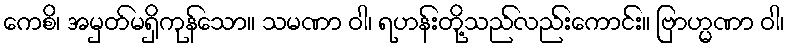
ကေစိ၊ အမှတ်မရှိကုန်သော။ သမဏာ ဝါ၊ ရဟန်းတို့သည်လည်းကောင်း။ ဗြာဟ္မဏာ ဝါ၊